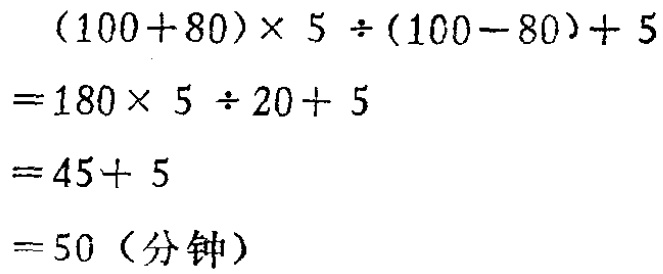
\[

\begin{align*}

&(100 + 80)\times5\div(100 - 80)+5\\

=&180\times5\div20 + 5\\

=&45+5\\

=&50 (\text{分钟})

\end{align*}

\]